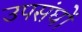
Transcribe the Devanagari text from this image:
उपसंघों